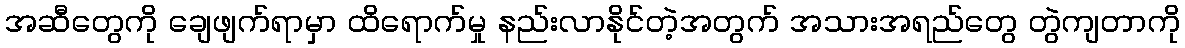
အဆီတွေကို ချေဖျက်ရာမှာ ထိရောက်မှု နည်းလာနိုင်တဲ့အတွက် အသားအရည်တွေ တွဲကျတာကို